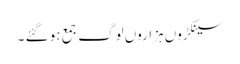
سینکڑوں ہزاروں لوگ جمع ہو گئے ۔